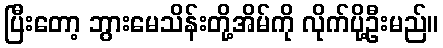
ပြီးတော့ ဘွားမေသိန်းတို့အိမ်ကို လိုက်ပို့ဦးမည်။